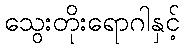
သွေးတိုးရောဂါနှင့်